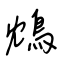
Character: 鴆